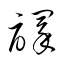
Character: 譯